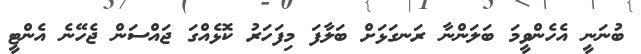
ބުނަނީ އެހެންވީމަ ބަލަންނާ ރަނގަޅަށް ބަލާފަ މިފަހަރު ކޮޅެއްގަ ޖައްސަން ޖެހޭނެ އެންޓީ